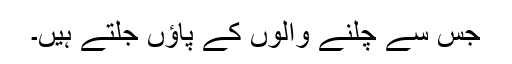
جس سے چلنے والوں کے پاؤں جلتے ہیں۔